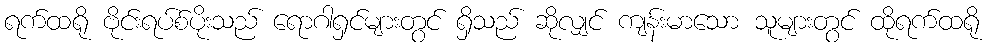
ရက်ထရို ဗိုင်းရပ်စ်ပိုးသည် ရောဂါရှင်များတွင် ရှိသည် ဆိုလျှင် ကျန်းမာသော သူများတွင် ထိုရက်ထရို